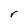
Character: r